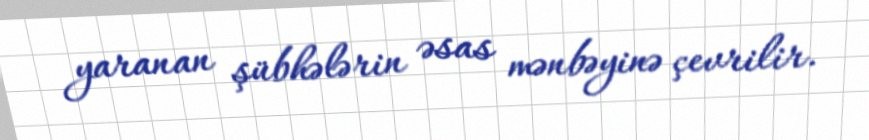
yaranan şübhələrin əsas mənbəyinə çevrilir.